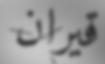
قيران